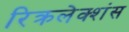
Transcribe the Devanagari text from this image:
रिक्रलेक्शंस